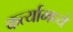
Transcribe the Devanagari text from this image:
कर्त्यामध्ये